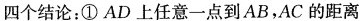
四个结论：①AD上任意一点到AB，AC的距离